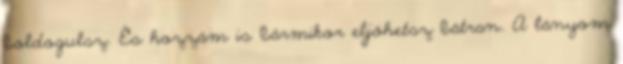
boldogulsz. És hozzám is bármikor eljöhetsz bátran. A lányom